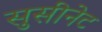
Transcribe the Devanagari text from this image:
सुसीनेट